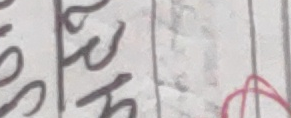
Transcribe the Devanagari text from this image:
ख
५ स
५ ह